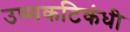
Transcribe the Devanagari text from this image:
उष्णकटिकंधी